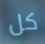
كل